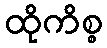
ထိုကိစ္စ